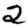
Digit: 2